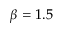
\beta = 1 . 5